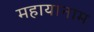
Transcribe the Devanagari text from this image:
महायानाम